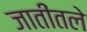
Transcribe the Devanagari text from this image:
जातींतले